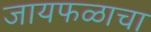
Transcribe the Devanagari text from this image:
जायफळाचा